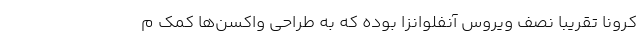
کرونا تقریباً نصف ویروس آنفلوانزا بوده که به طراحی واکسن‌ها کمک م